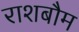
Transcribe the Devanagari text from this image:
राशबौम